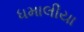
ધમાલીયા